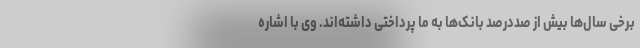
برخی سال‌ها بیش از صددرصد بانک‌ها به ما پرداختی داشته‌اند. وی با اشاره